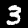
Label: 3